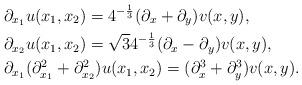
LaTeX: \begin{align*}& \partial_{x_1} u(x_1,x_2) = 4^{-\frac{1}{3}} (\partial_x + \partial_y) v(x,y), \\& \partial_{x_2} u(x_1,x_2) = \sqrt{3} 4^{-\frac{1}{3}} (\partial_x - \partial_y) v(x,y),\\& \partial_{x_1} (\partial_{x_1}^2+ \partial_{x_2}^2) u (x_1,x_2) =(\partial_x^3 + \partial_y^3) v(x,y).\end{align*}